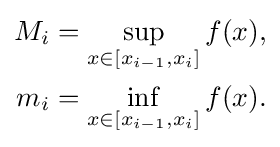
{\begin{aligned}M_{i}=\sup _{x\in [x_{i-1},x_{i}]}f(x),\\m_{i}=\inf _{x\in [x_{i-1},x_{i}]}f(x).\end{aligned}}